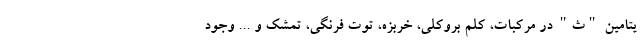
یتامین "ث" در مرکبات، کلم بروکلی، خربزه، توت فرنگی، تمشک و ... وجود